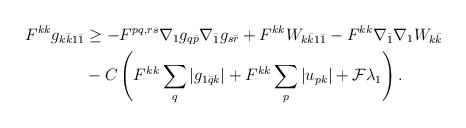
LaTeX: \begin{align*} \begin{aligned}F^{kk}g_{k\bar k1\bar 1} &\geq - F^{pq,rs}\nabla_1g_{q\bar p}\nabla_{\bar 1}g_{s\bar r} + F^{kk}W_{k\bar k1\bar 1} -F^{kk}\nabla_{\bar 1}\nabla_1 W_{k\bar k} \\&- C\left( F^{kk}\sum_q |g_{1\bar qk}| + F^{kk}\sum_p |u_{pk}| + \mathcal{F}\lambda_1\right). \end{aligned}\end{align*}